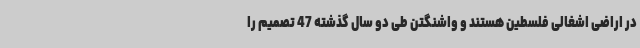
در اراضی اشغالی فلسطین هستند و واشنگتن طی دو سال گذشته 47 تصمیم را